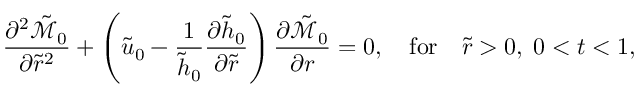
\frac { \partial ^ { 2 } \tilde { \mathcal { M } } _ { 0 } } { \partial \tilde { r } ^ { 2 } } + \left( \tilde { u } _ { 0 } - \frac { 1 } { \tilde { h } _ { 0 } } \frac { \partial \tilde { h } _ { 0 } } { \partial \tilde { r } } \right) \frac { \partial \tilde { \mathcal { M } } _ { 0 } } { \partial r } = 0 , \quad \mathrm { f o r } \quad \tilde { r } > 0 , \; 0 < t < 1 ,